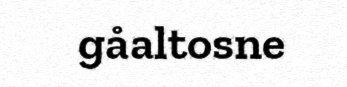
gåaltosne